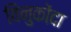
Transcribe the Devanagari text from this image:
विनुकोंदा